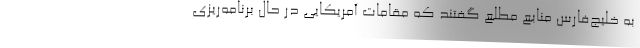
به خلیج‌فارس منابع مطلع گفتند که مقامات آمریکایی در حال برنامه‌ریزی